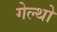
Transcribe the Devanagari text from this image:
गेल्थो